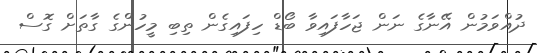
ދުއްވަމުން އޭނާގެ ނަން ޖަހާފައިވާ ބޯޑް ހިފައިގެން ތިބި މީހުންގެ ގާތަށް ގޮސް